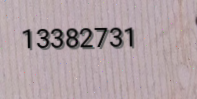
13382731